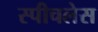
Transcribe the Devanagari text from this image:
स्‍पीचलेस